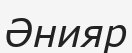
Әнияр